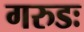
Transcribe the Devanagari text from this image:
गरुडः